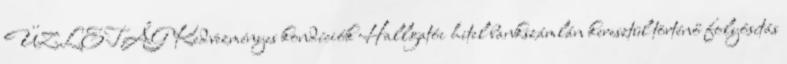
ÜZLETÁG Kedvezményes kondíciók Hallgatói hitel bankszámlán keresztül történő folyósítás